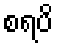
စရပိ